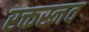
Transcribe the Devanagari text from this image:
रक्तस्नव